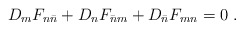
\begin{align*}D_m F_{n\bar{n}} + D_n F_{\bar{n}m} + D_{\bar{n}} F_{mn} = 0 \ .\end{align*}